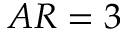
A R = 3